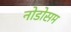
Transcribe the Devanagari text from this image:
नोडोसम